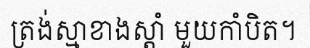
ត្រង់ស្មាខាងស្តាំ មួយកាំបិត។